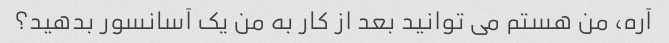
آره، من هستم می توانید بعد از کار به من یک آسانسور بدهید؟